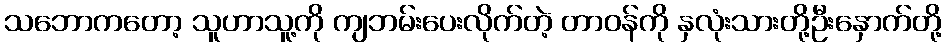
သဘောကတော့ သူဟာသူ့ကို ကျဘမ်းပေးလိုက်တဲ့ တာဝန်ကို နှလုံးသားတို့ဦးနှောက်တို့